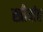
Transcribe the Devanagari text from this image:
स्त्रीयांत